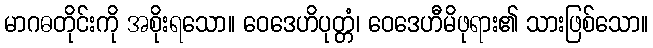
မာဂဓတိုင်းကို အစိုးရသော။ ဝေဒေဟိပုတ္တံ၊ ဝေဒေဟီမိဖုရား၏ သားဖြစ်သော။